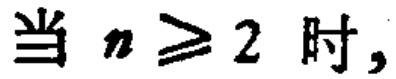
当 \(n \geq 2\) 时,